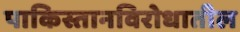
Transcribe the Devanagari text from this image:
पाकिस्तानविरोधातील